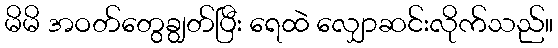
မိမိ အဝတ်တွေချွတ်ပြီး ရေထဲ လျှောဆင်းလိုက်သည်။